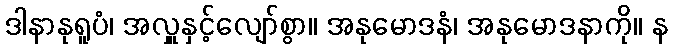
ဒါနာနုရူပံ၊ အလှူနှင့်လျော်စွာ။ အနုမောဒနံ၊ အနုမောဒနာကို။ န